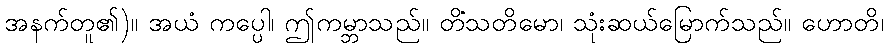
အနက်တူ၏)။ အယံ ကပ္ပေါ၊ ဤကမ္ဘာသည်။ တိံသတိမော၊ သုံးဆယ်မြောက်သည်။ ဟောတိ၊